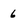
Character: 6